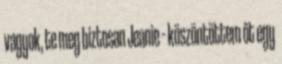
vagyok, te meg biztosan Jeanie – köszöntöttem őt egy